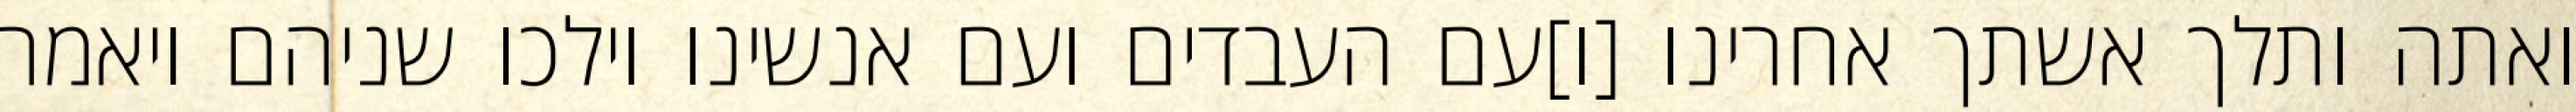
ואתה ותלך אשתך אחרינו [ו]עם העבדים ועם אנשינו וילכו שניהם ויאמר